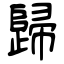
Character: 歸